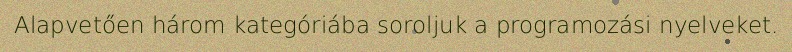
Alapvetően három kategóriába soroljuk a programozási nyelveket.